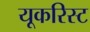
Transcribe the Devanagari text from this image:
यूकरिस्ट